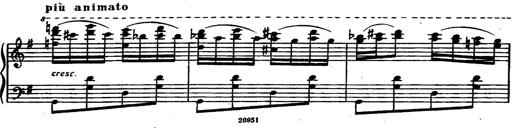
Title: Magyar rapszÃ³diÃ¡k
Composer: Franz Liszt